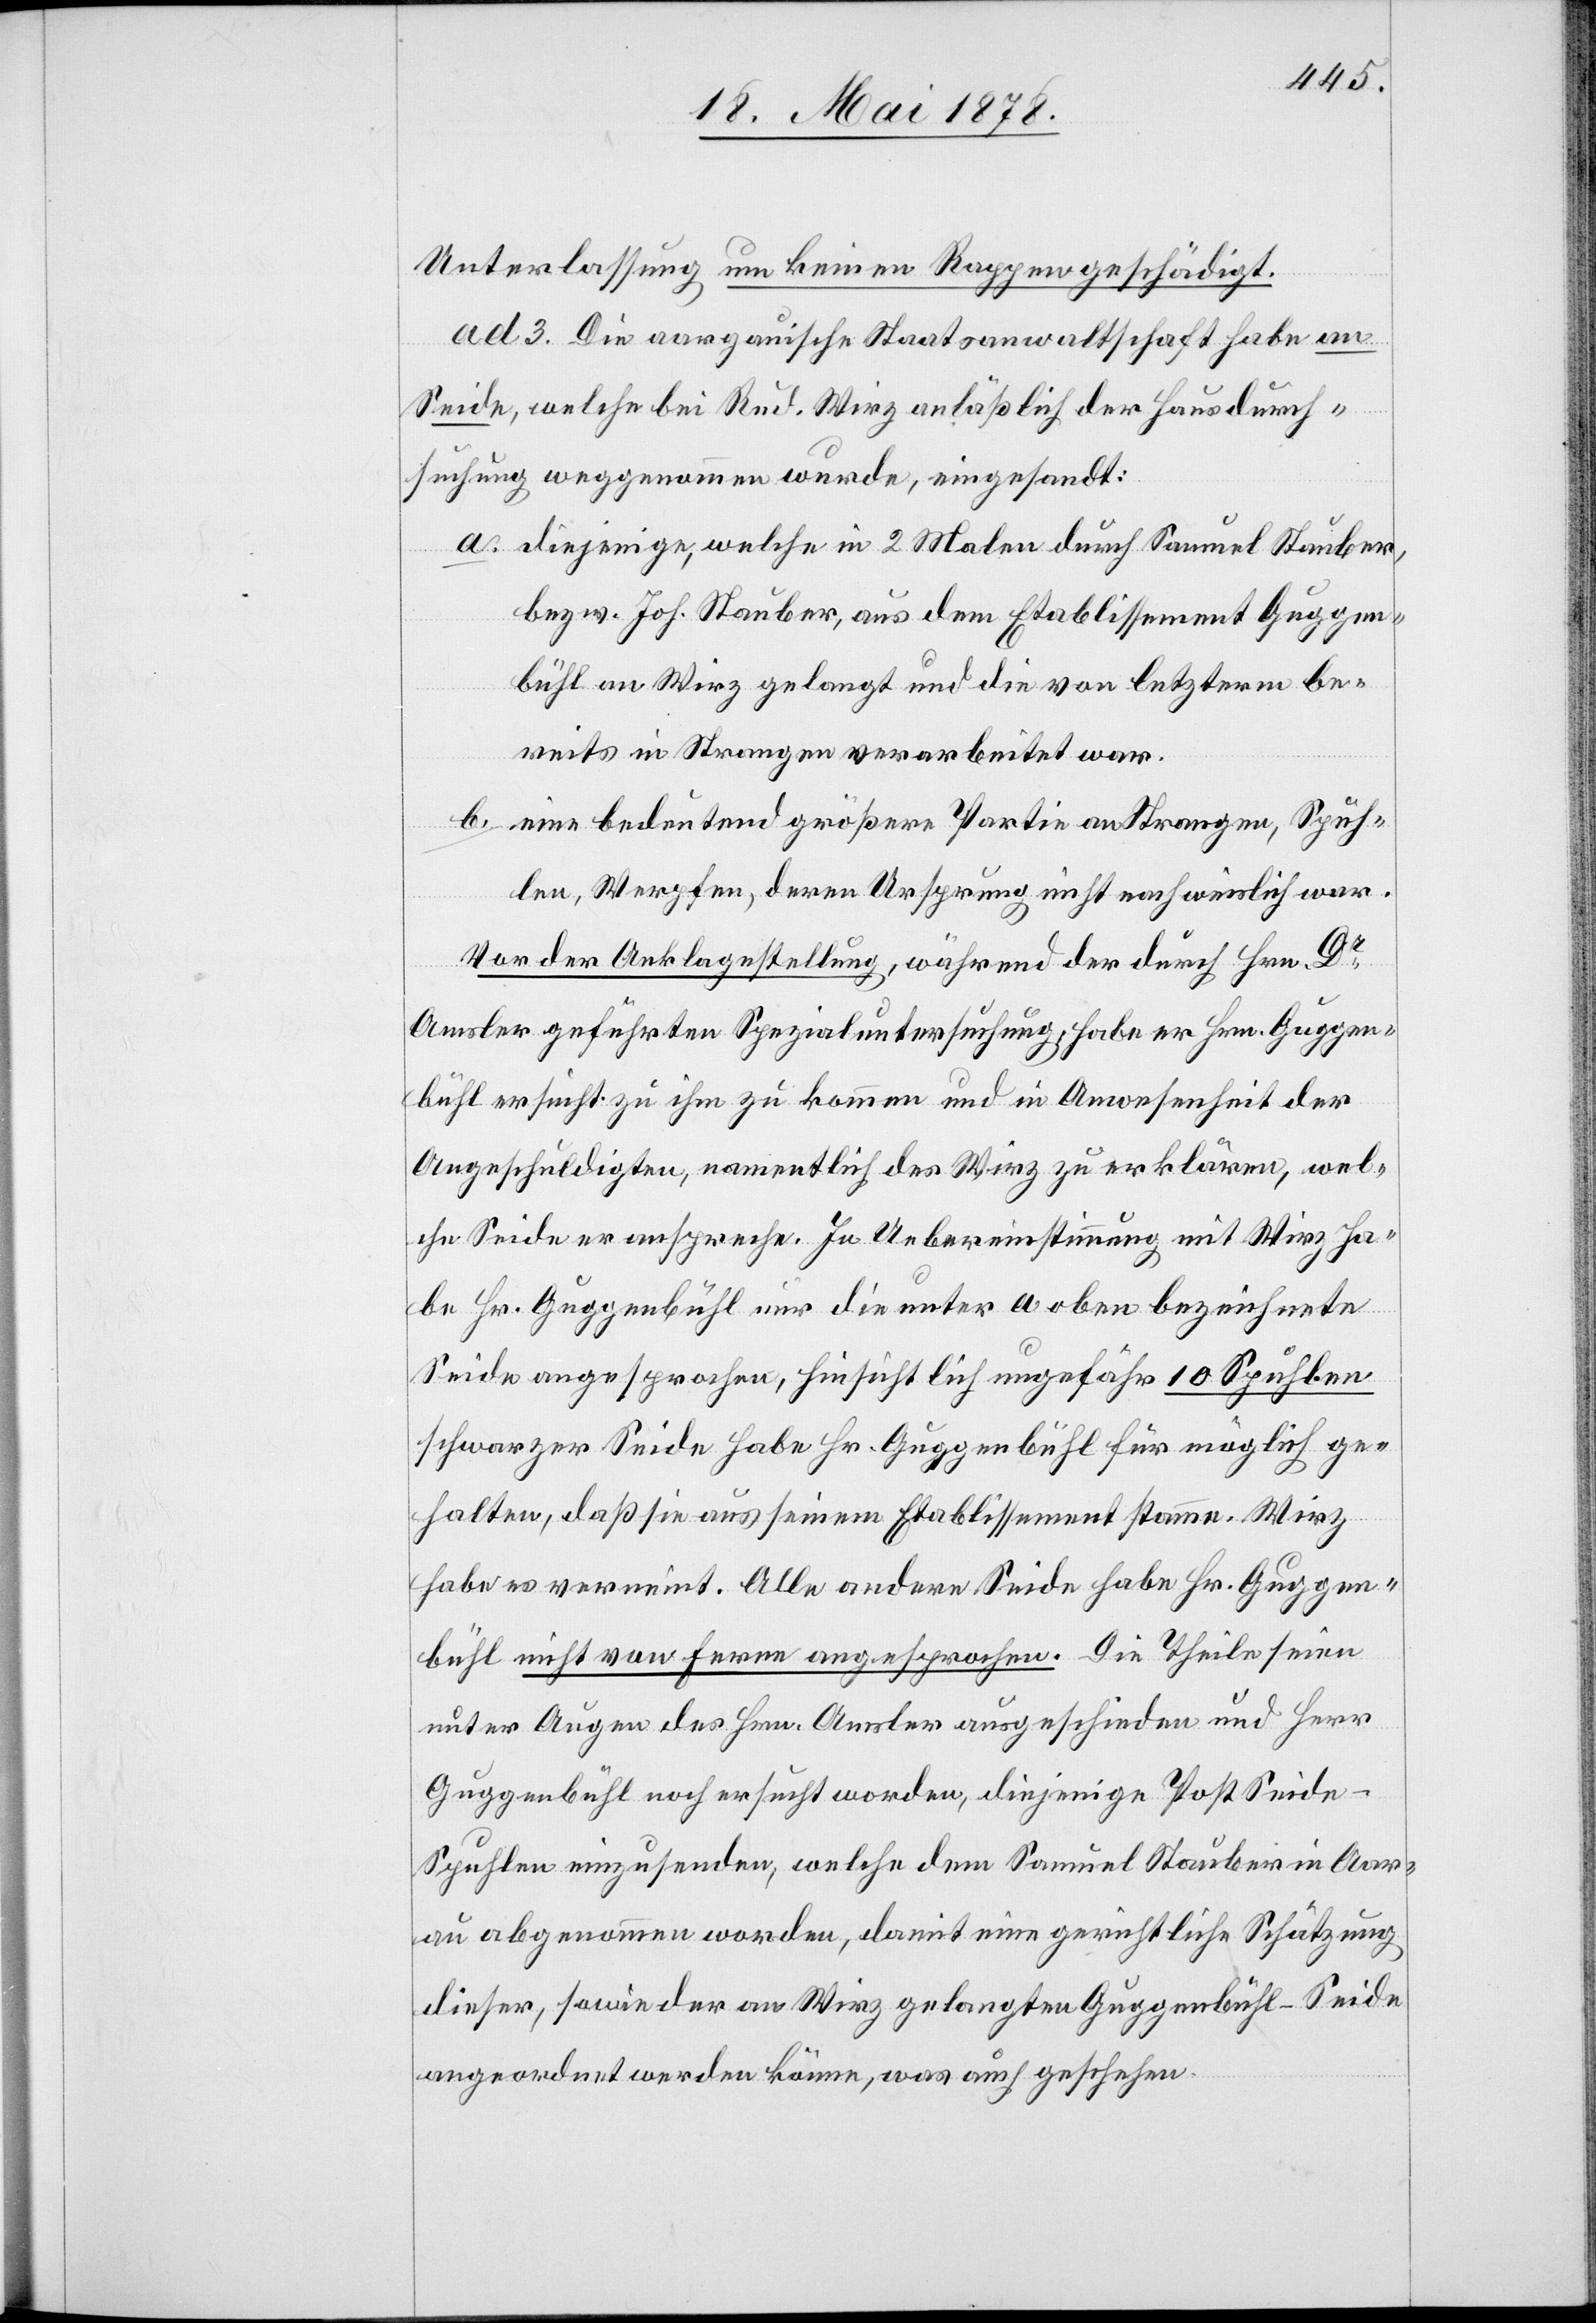
Unterlassung um keinen Rappen geschädigt.
ad 3. Die aargauische Staatsanwaltschaft habe an
Seide, welche bei Rud. Wirz anlässlich der Hausdurch¬
suchung weggenommen wurde, eingesandt:
a. diejenige, welche in 2 Malen durch Samuel Stauber,
bezw. Joh. Stauber, aus dem Etablissement Guggen¬
bühl an Wirz gelangt und die von letzterm be¬
reits in Strangen verarbeitet war.
b. eine bedeutend größere Partie an Strangen, Spuh¬
len, Werpfen, deren Ursprung nicht nachweislich war.
Vor der Anklagestellung, während der durch Hrn. Dr
Amsler geführten Spezialuntersuchung, habe er Hrn. Guggen¬
bühl ersucht zu ihm zu kommen und in Anwesenheit der
Angeschuldigten, namentlich des Wirz zu erklären, wel¬
che Seide er anspreche. In Uebereinstimmung mit Wirz ha¬
be Hr. Guggenbühl nur die unter a oben bezeichnete
Seide angesprochen, hinsichtlich ungefähr 10 Spuhlen
schwarzer Seide habe Hr. Guggenbühl für möglich ge¬
halten, daß sie aus seinem Etablissement stamme. Wirz
habe es verneint. Alle andere Seide habe Hr. Guggen¬
bühl nicht von ferne angesprochen. Die Theile seien
unter Augen des Hrn. Amsler ausgeschieden und Herr
Guggenbühl noch ersucht worden, diejenige Post Seid¬
e-Spuhlen einzusenden, welche dem Samuel Stauber in Aar¬
au abgenommen worden, damit eine gerichtliche Schätzung
dieser, sowie der an Wirz gelangten Guggenbühl-Seide
angeordnet werden könne, was auch geschehen.